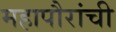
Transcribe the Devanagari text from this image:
महापौरांची